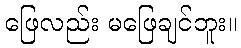
ဖြေလည်း မဖြေချင်ဘူး။